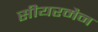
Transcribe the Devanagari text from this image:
सीयरमैन